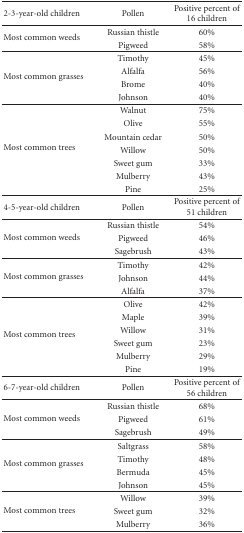
| 2-3-year-old children | Pollen | Positive percent of16 children |
 | --- | --- | --- |
 | <ROWSPAN=2> Most common weeds | Russian thistle | 60% |
 | Pigweed | 58% |
 | <ROWSPAN=4> Most common grasses | Timothy | 45% |
 | Alfalfa | 56% |
 | Brome | 40% |
 | Johnson | 40% |
 | <ROWSPAN=7> Most common trees | Walnut | 75% |
 | Olive | 55% |
 | Mountain cedar | 50% |
 | Willow | 50% |
 | Sweet gum | 33% |
 | Mulberry | 43% |
 | Pine | 25% |
 | 4-5-year-old children | Pollen | Positive percent of51 children |
 | <ROWSPAN=3> Most common weeds | Russian thistle | 54% |
 | Pigweed | 46% |
 | Sagebrush | 43% |
 | <ROWSPAN=3> Most common grasses | Timothy | 42% |
 | Johnson | 44% |
 | Alfalfa | 37% |
 | <ROWSPAN=6> Most common trees | Olive | 42% |
 | Maple | 39% |
 | Willow | 31% |
 | Sweet gum | 23% |
 | Mulberry | 29% |
 | Pine | 19% |
 | 6-7-year-old children | Pollen | Positive percent of56 children |
 | <ROWSPAN=3> Most common weeds | Russian thistle | 68% |
 | Pigweed | 61% |
 | Sagebrush | 49% |
 | <ROWSPAN=4> Most common grasses | Saltgrass | 58% |
 | Timothy | 48% |
 | Bermuda | 45% |
 | Johnson | 45% |
 | <ROWSPAN=3> Most common trees | Willow | 39% |
 | Sweet gum | 32% |
 | Mulberry | 36% |